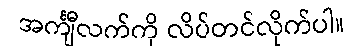
အင်္ကျီလက်ကို လိပ်တင်လိုက်ပါ။